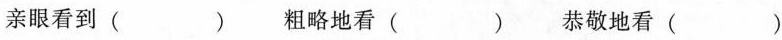
亲眼看到（）粗略地看（）恭敬地看（）